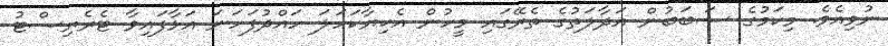
ނުވިއެވެ. މިކަމުގެ ސަބަބުން އަދާލަތުގެ ތެރޭގައި މީހުން އެކިޔާކަހަލަ ހައްދުފަހަނަ އަޅާފައިވާ ޓެރެރިސްޓު